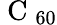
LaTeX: \mathrm{~C~}_{60}